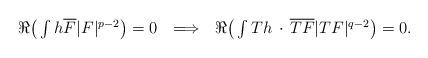
LaTeX: \begin{align*} \Re\big(\textstyle\int h\overline{F} |F|^{p-2} \big)=0\ \ \Longrightarrow\ \ \Re\big(\textstyle\int Th\,\cdot\, \overline{TF} |TF|^{q-2} \big)=0.\end{align*}